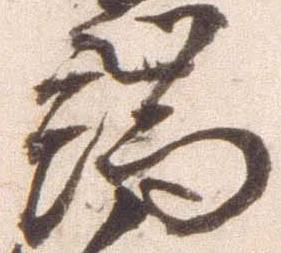
端